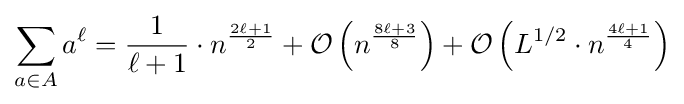
\sum _{a\in A}a^{\ell }={\frac {1}{\ell +1}}\cdot n^{\frac {2\ell +1}{2}}+{\mathcal {O}}\left(n^{\frac {8\ell +3}{8}}\right)+{\mathcal {O}}\left(L^{1/2}\cdot n^{\frac {4\ell +1}{4}}\right)